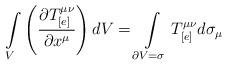
LaTeX: \begin{align*}\int\limits_{V}\left(\frac{\partial T_{[e]}^{\mu\nu}}{\partial x^{\mu}}\right) dV =\int\limits_{\partial V = \sigma} T_{[e]}^{\mu\nu} d\sigma_{\mu}\end{align*}